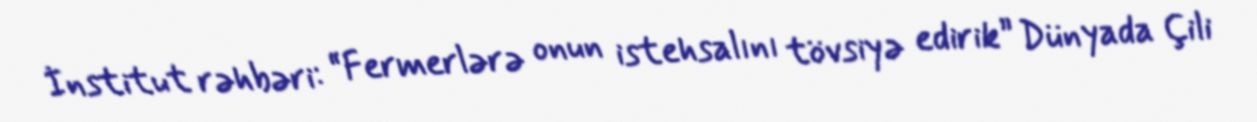
İnstitut rəhbəri: “Fermerlərə onun istehsalını tövsiyə edirik” Dünyada Çili